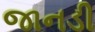
જાનડી